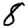
Digit: 8